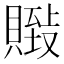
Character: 𰷏